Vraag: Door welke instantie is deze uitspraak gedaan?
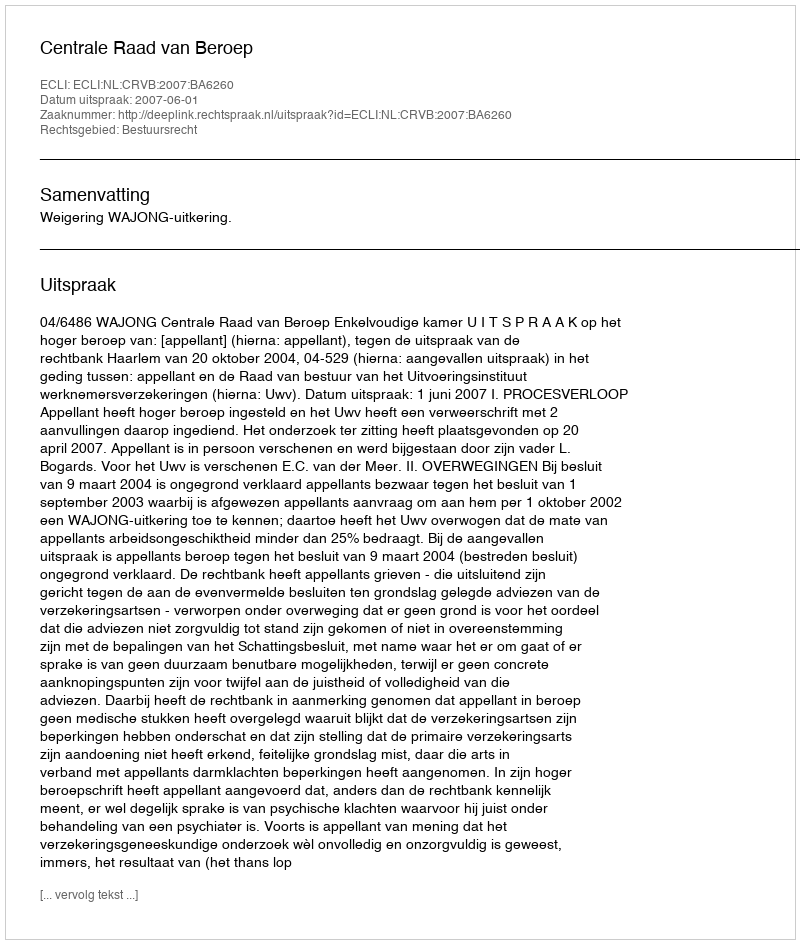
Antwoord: Centrale Raad van Beroep